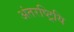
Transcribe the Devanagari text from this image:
अंतरष्ट्रियि